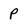
Character: P